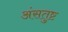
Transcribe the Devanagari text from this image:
अंसतुष्ट